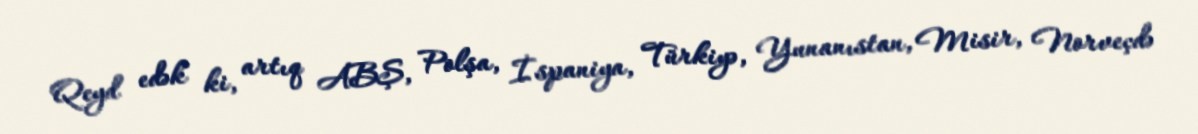
Qeyd edək ki, artıq ABŞ, Polşa, İspaniya, Türkiyə, Yunanıstan, Misir, Norveçdə